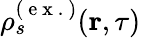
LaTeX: \rho_{s}^{(\mathrm{~e~x~.~})}(\textbf{r},\tau)